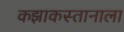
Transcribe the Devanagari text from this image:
कझाकस्तानाला